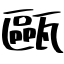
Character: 甌